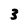
Character: 3